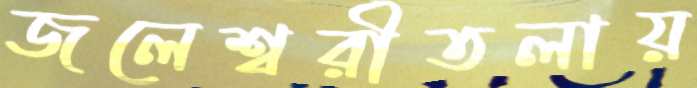
জলেশ্বরীতলায়